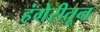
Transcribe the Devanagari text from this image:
हंगेरीतून